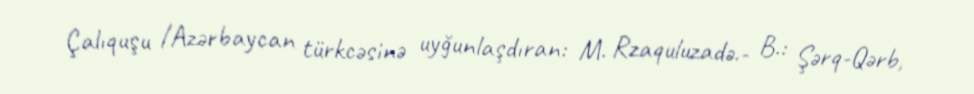
Çalıquşu /Azərbaycan türkcəsinə uyğunlaşdıran: M. Rzaquluzadə.- B.: Şərq-Qərb,